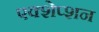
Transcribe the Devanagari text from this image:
एक्शेप्शन